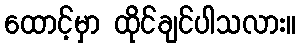
ထောင့်မှာ ထိုင်ချင်ပါသလား။